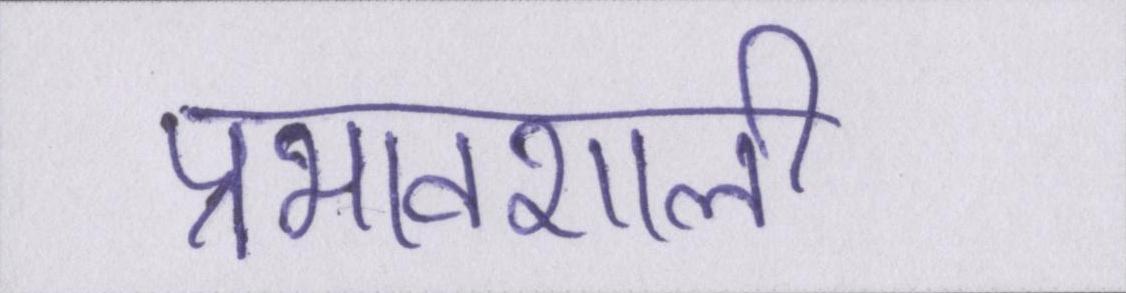
प्रभावशाली